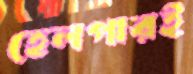
হেলপারই